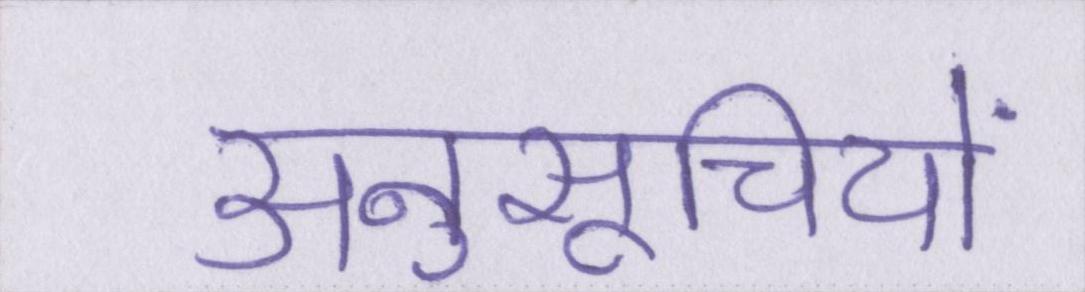
अनुसूचियों